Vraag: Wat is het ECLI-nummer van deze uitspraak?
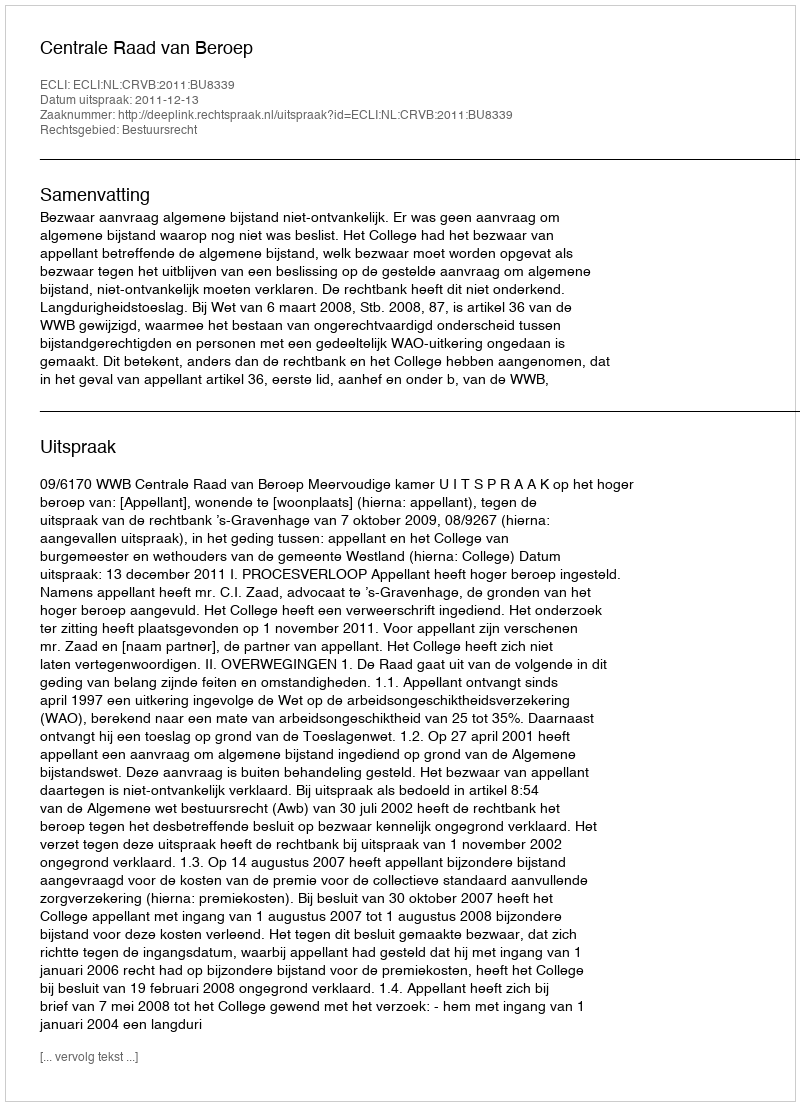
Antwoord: ECLI:NL:CRVB:2011:BU8339